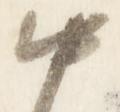
中